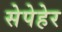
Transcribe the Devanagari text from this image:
सेपेहेर